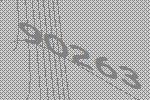
90263